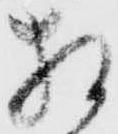
相